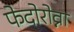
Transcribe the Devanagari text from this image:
फेदोरोव्ना